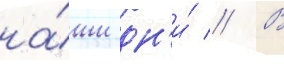
на́ши дн'и́ // В